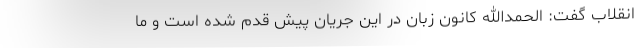
انقلاب گفت: الحمدالله کانون زبان در این جریان پیش قدم شده است و ما